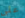
علي